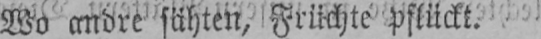
Wo andre sähten, Früchte pflückt.